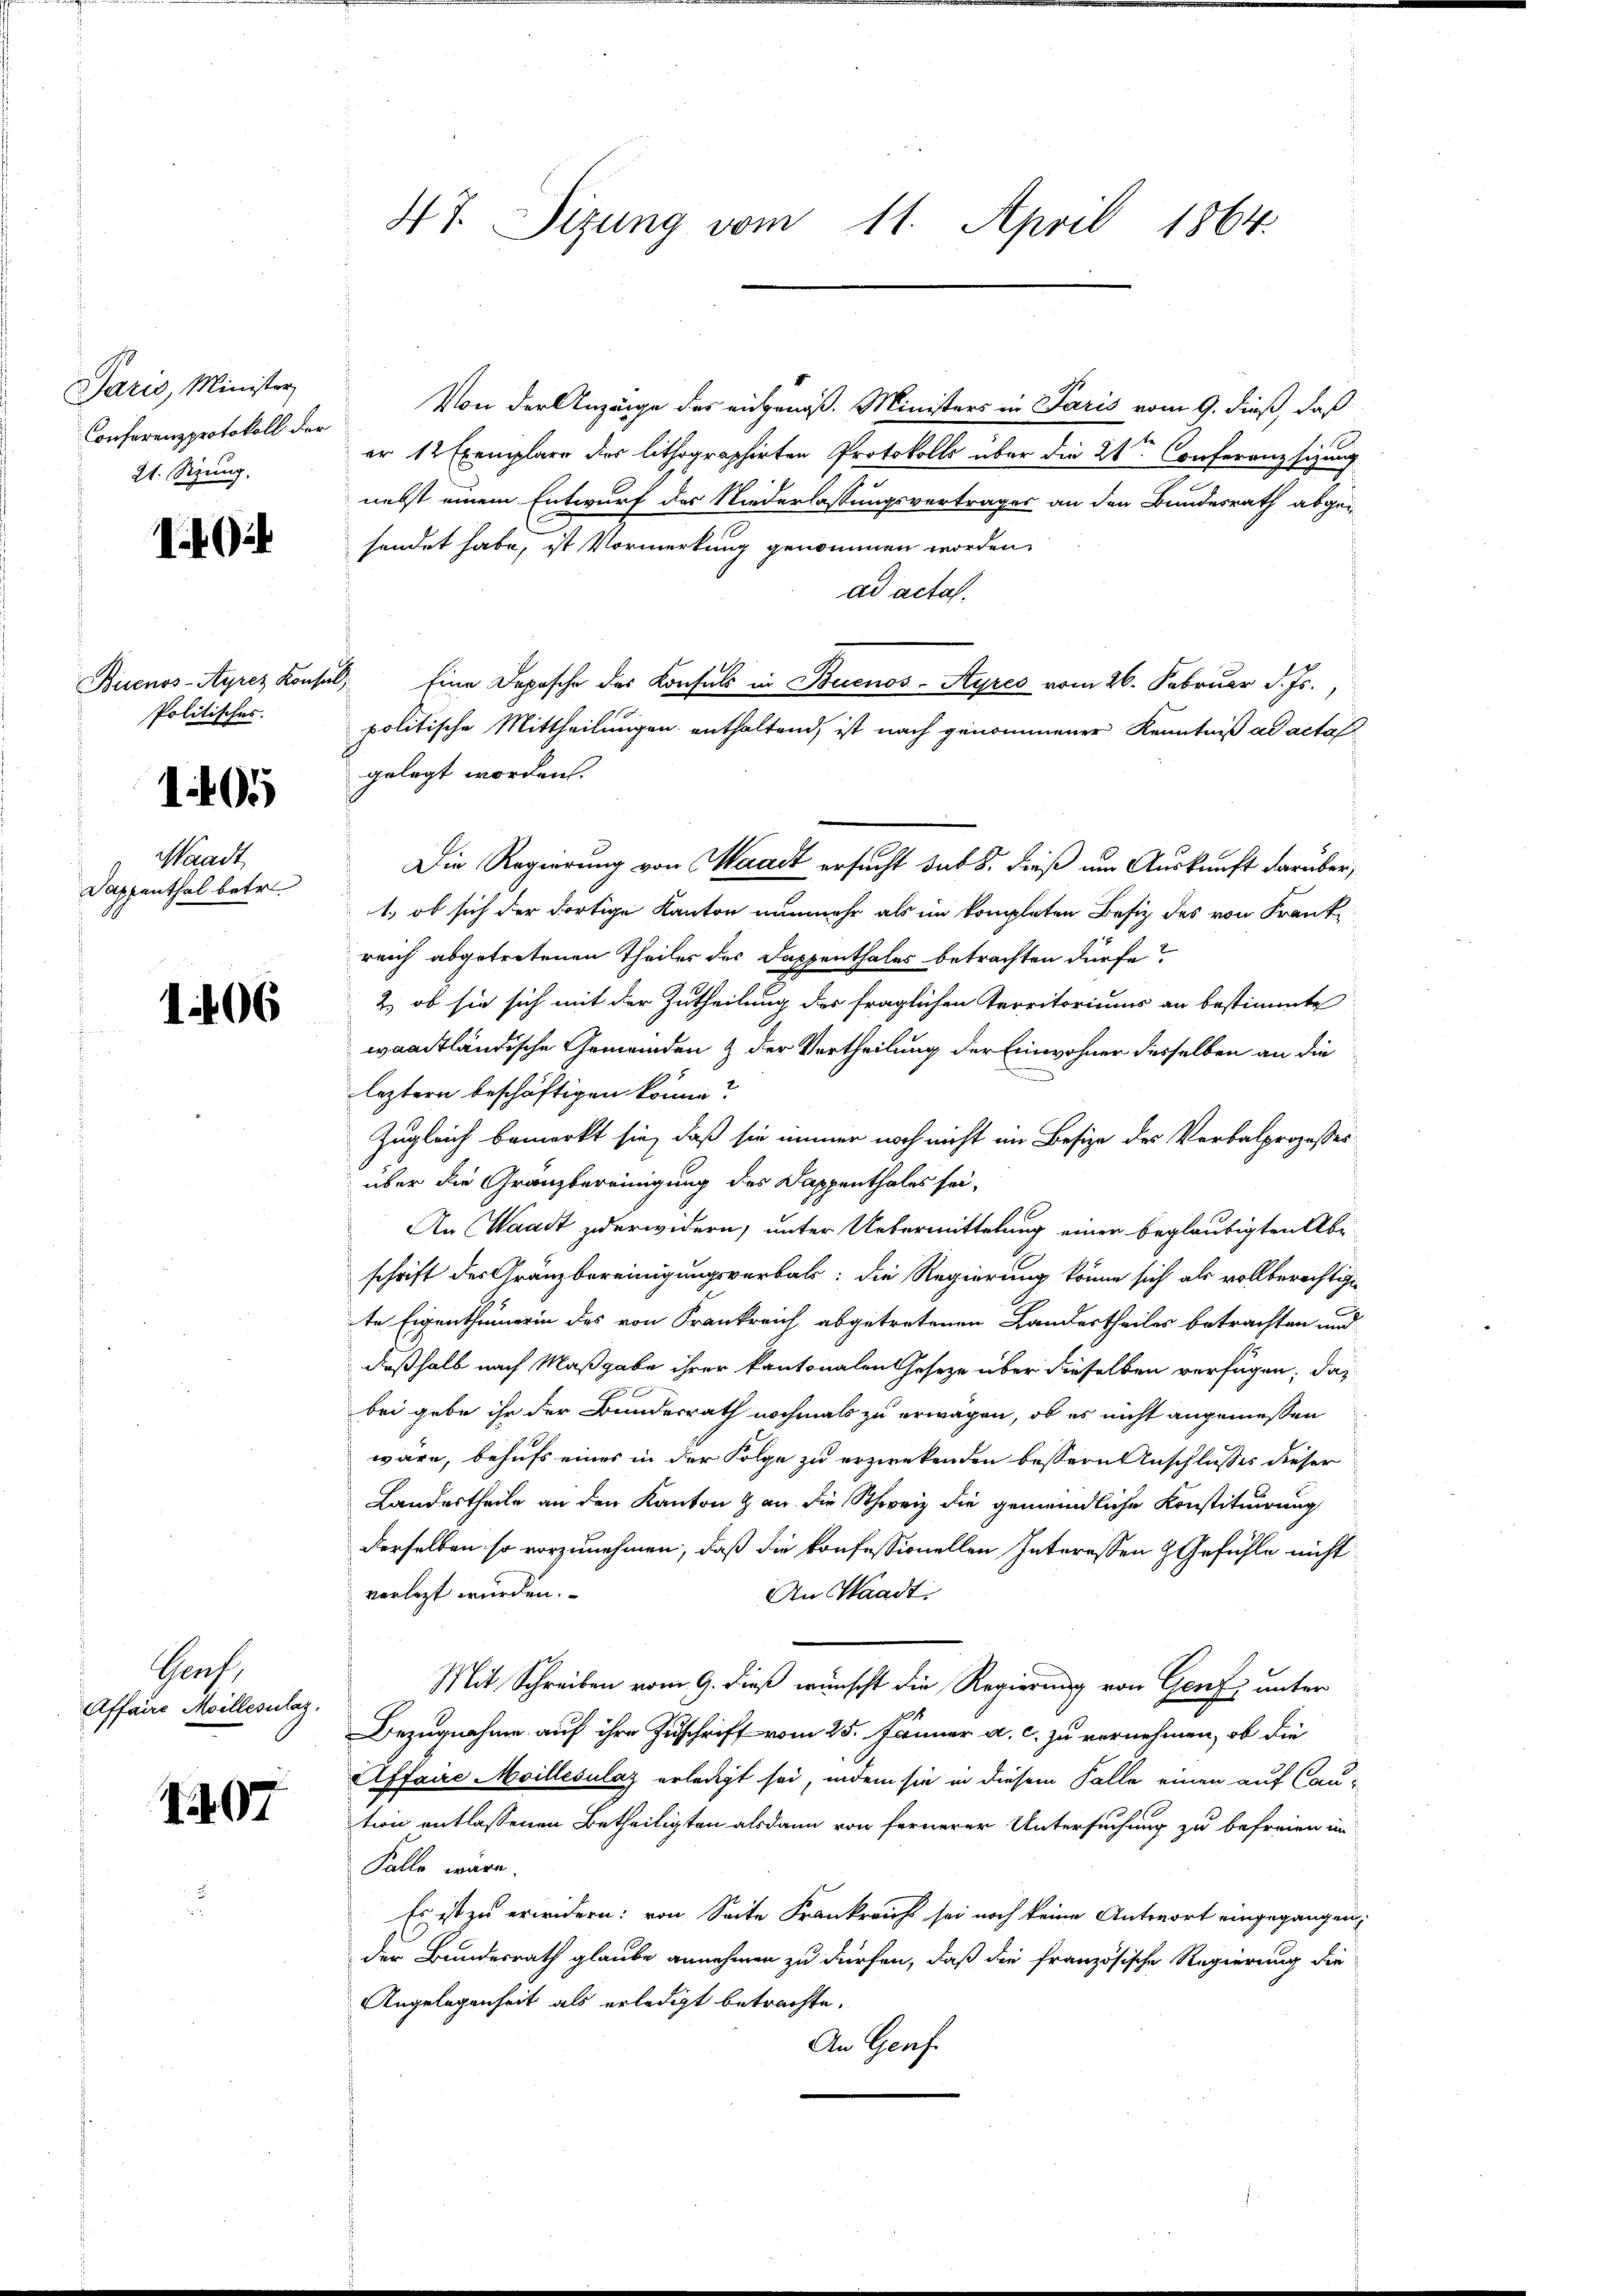
Paris, Minister
Conferenzprotokoll der
21. Setzung.

124

Buenos-Ayres Konse
Politisches.

1405

Paack
Sappenthal betr.

1406

Graf,
Affaire Meillesclag.

107

47. Sizung vom 11. April 1864.

Von der Anzeige des eidgenoß. Ministers in Paris vom 9. dieß, daß
er 12 Exemplare dies lithographirten Protokolls über die 2ten Conferenzsizung
nebst einem Entwurf der Niederlassungsvertrages an den Bundesrath abgesendet habe, ist Vormerkung genommen worden.
ad actas.
3. Eine Depesche des Konsuls in Buenos-Ayres vom 26. Februar d. Js.
politische Mittheilungen enthaltend, ist nach genommener Kenntniß ad acta
gelegt worden.
Die Regierung von Waadt ersucht subs, dieß am Auskunft darüber,
1., ob sich der dortige Kanton nunmehr als im kompleten Besiz des von Frankreich abgetretenen Theiles des Dappenthales betrachten dürfe?
2) ob sie sich mit der Zutheilung des fraglichen Territoriums an bestimmte
waadtländische Gemeinden & der Vertheilung der Einwohner desselben an die
leztern beschäftigen könne?
Zugleich bemerkt sie, daß sie immer noch nicht im Besize des Verbalprozesses
über die Granzbereinigung des Dappenthales sei.
An Waadt zuerwidern, unter Uebermittelung einer beglaubigten Abschrift der Gränzbereinigungsverbals: die Regierung könne sich als vollberechtige
te Eigenthümerin des von Frankreich abgetretenen Landertheiles betrachten und
deßhalb nach Maßgabe ihrer kantonalen oseze über dieselben verfügen, das
bei gebe ihr der Bundesrath nochmals zu erwagen, ob es nicht angemessen
wäre, behufs eines in der Folge zu erzweckenden bessern Anschlusses dieser
Landertheile an den Kanton & an die Schweiz die gemeindliche Konstituirung
derselben so vorzunehmen, daß die konfessionellen Interessen & Gefühle nicht
verlegt wurden.
An Waadt
Mit Schreiben vom 9. dieß wünscht die Regierung von Genf unter
Bezugnahme auf ihre Zuschrift vom 25. Jänner a. c. zu vernehmen, ob die
Affaire Moillésulaz erledigt sei, indem sie in diesem Falle einen auf Caution entlassenen Betheiligten alsdann von fernerer Untersuchung zu befreien in
Falle wäre.
Es ist zu erwidern: von Seite Frankreich sei noch keine Antwort eingegangen,
der Bundesrath glaube annehmen zu dürfen, daß die französische Regierung die
Angelegenheit als erledigt betrachte.
An Genf.